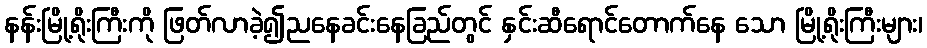
နန်းမြို့ရိုးကြီးကို ဖြတ်လာခဲ့၍ညနေခင်းနေခြည်တွင် နှင်းဆီရောင်တောက်နေ သော မြို့ရိုးကြီးများ၊